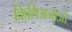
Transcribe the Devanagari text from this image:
किलिअजाओ